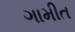
ગામીત